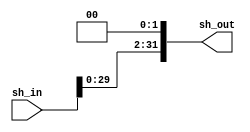
module shift(sh_in, sh_out);
input [31:0] sh_in;
output [31:0] sh_out;
assign sh_out = sh_in << 2;
endmodule